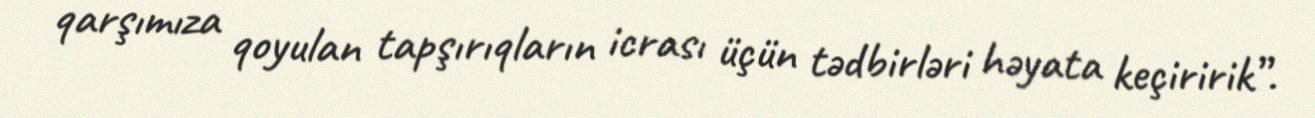
qarşımıza qoyulan tapşırıqların icrası üçün tədbirləri həyata keçiririk”.